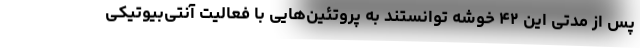
پس از مدتی این ۴۲ خوشه توانستند به پروتئین‌هایی با فعالیت آنتی‌بیوتیکی